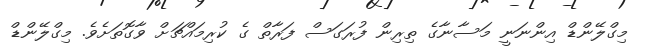
މިގްލޭންޑް އިންނަނީ މަސާނާގެ ތިރިން ފުރަގަސް ފަރާތް ގެ ކުރިމައްޗަށް ވާގޮތަށެވެ. މިގްލޭންޑް